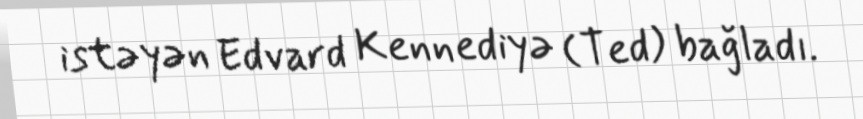
istəyən Edvard Kennediyə (Ted) bağladı.